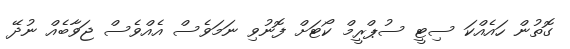
ގޮތުން ހައެއްކަ ސިޓީ ސުޕްރީމް ކޯޓަށް ފޮނުވި ނަމަވެސް އެއްވެސް ޖަވާބެއް ނުދޭ